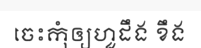
ចេះកុំឲ្យហួដឹង ខឹង